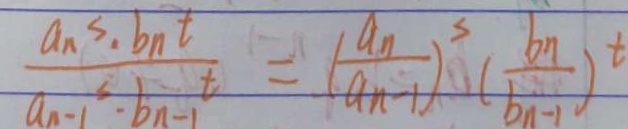
\frac { a _ { n } ^ { s } \cdot b _ { n } t } { a _ { n - 1 } ^ { s } \cdot b _ { n - 1 } ^ { t } } = ( \frac { a _ { n } } { a _ { n - 1 } } ^ { s } ) ( \frac { b _ { n } } { b _ { n - 1 } } ) ^ { t }